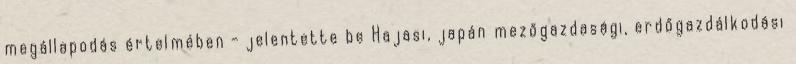
megállapodás értelmében - jelentette be Hajasi, japán mezőgazdasági, erdőgazdálkodási